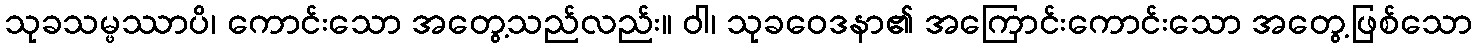
သုခသမ္ဖဿာပိ၊ ကောင်းသော အတွေ့သည်လည်း။ ဝါ၊ သုခဝေဒနာ၏ အကြောင်းကောင်းသော အတွေ့ဖြစ်သော